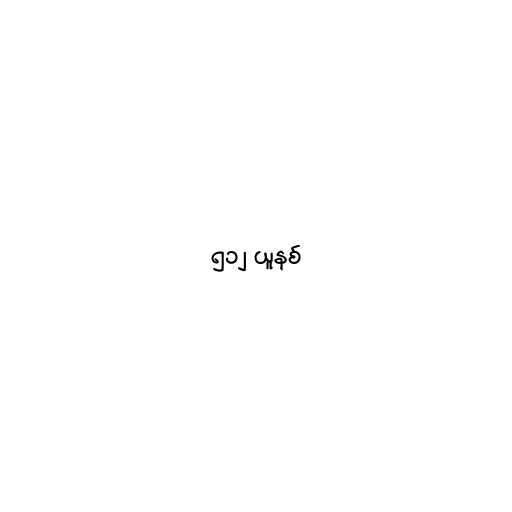
၅၁၂ ယူနစ်